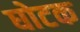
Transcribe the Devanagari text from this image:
घोटक